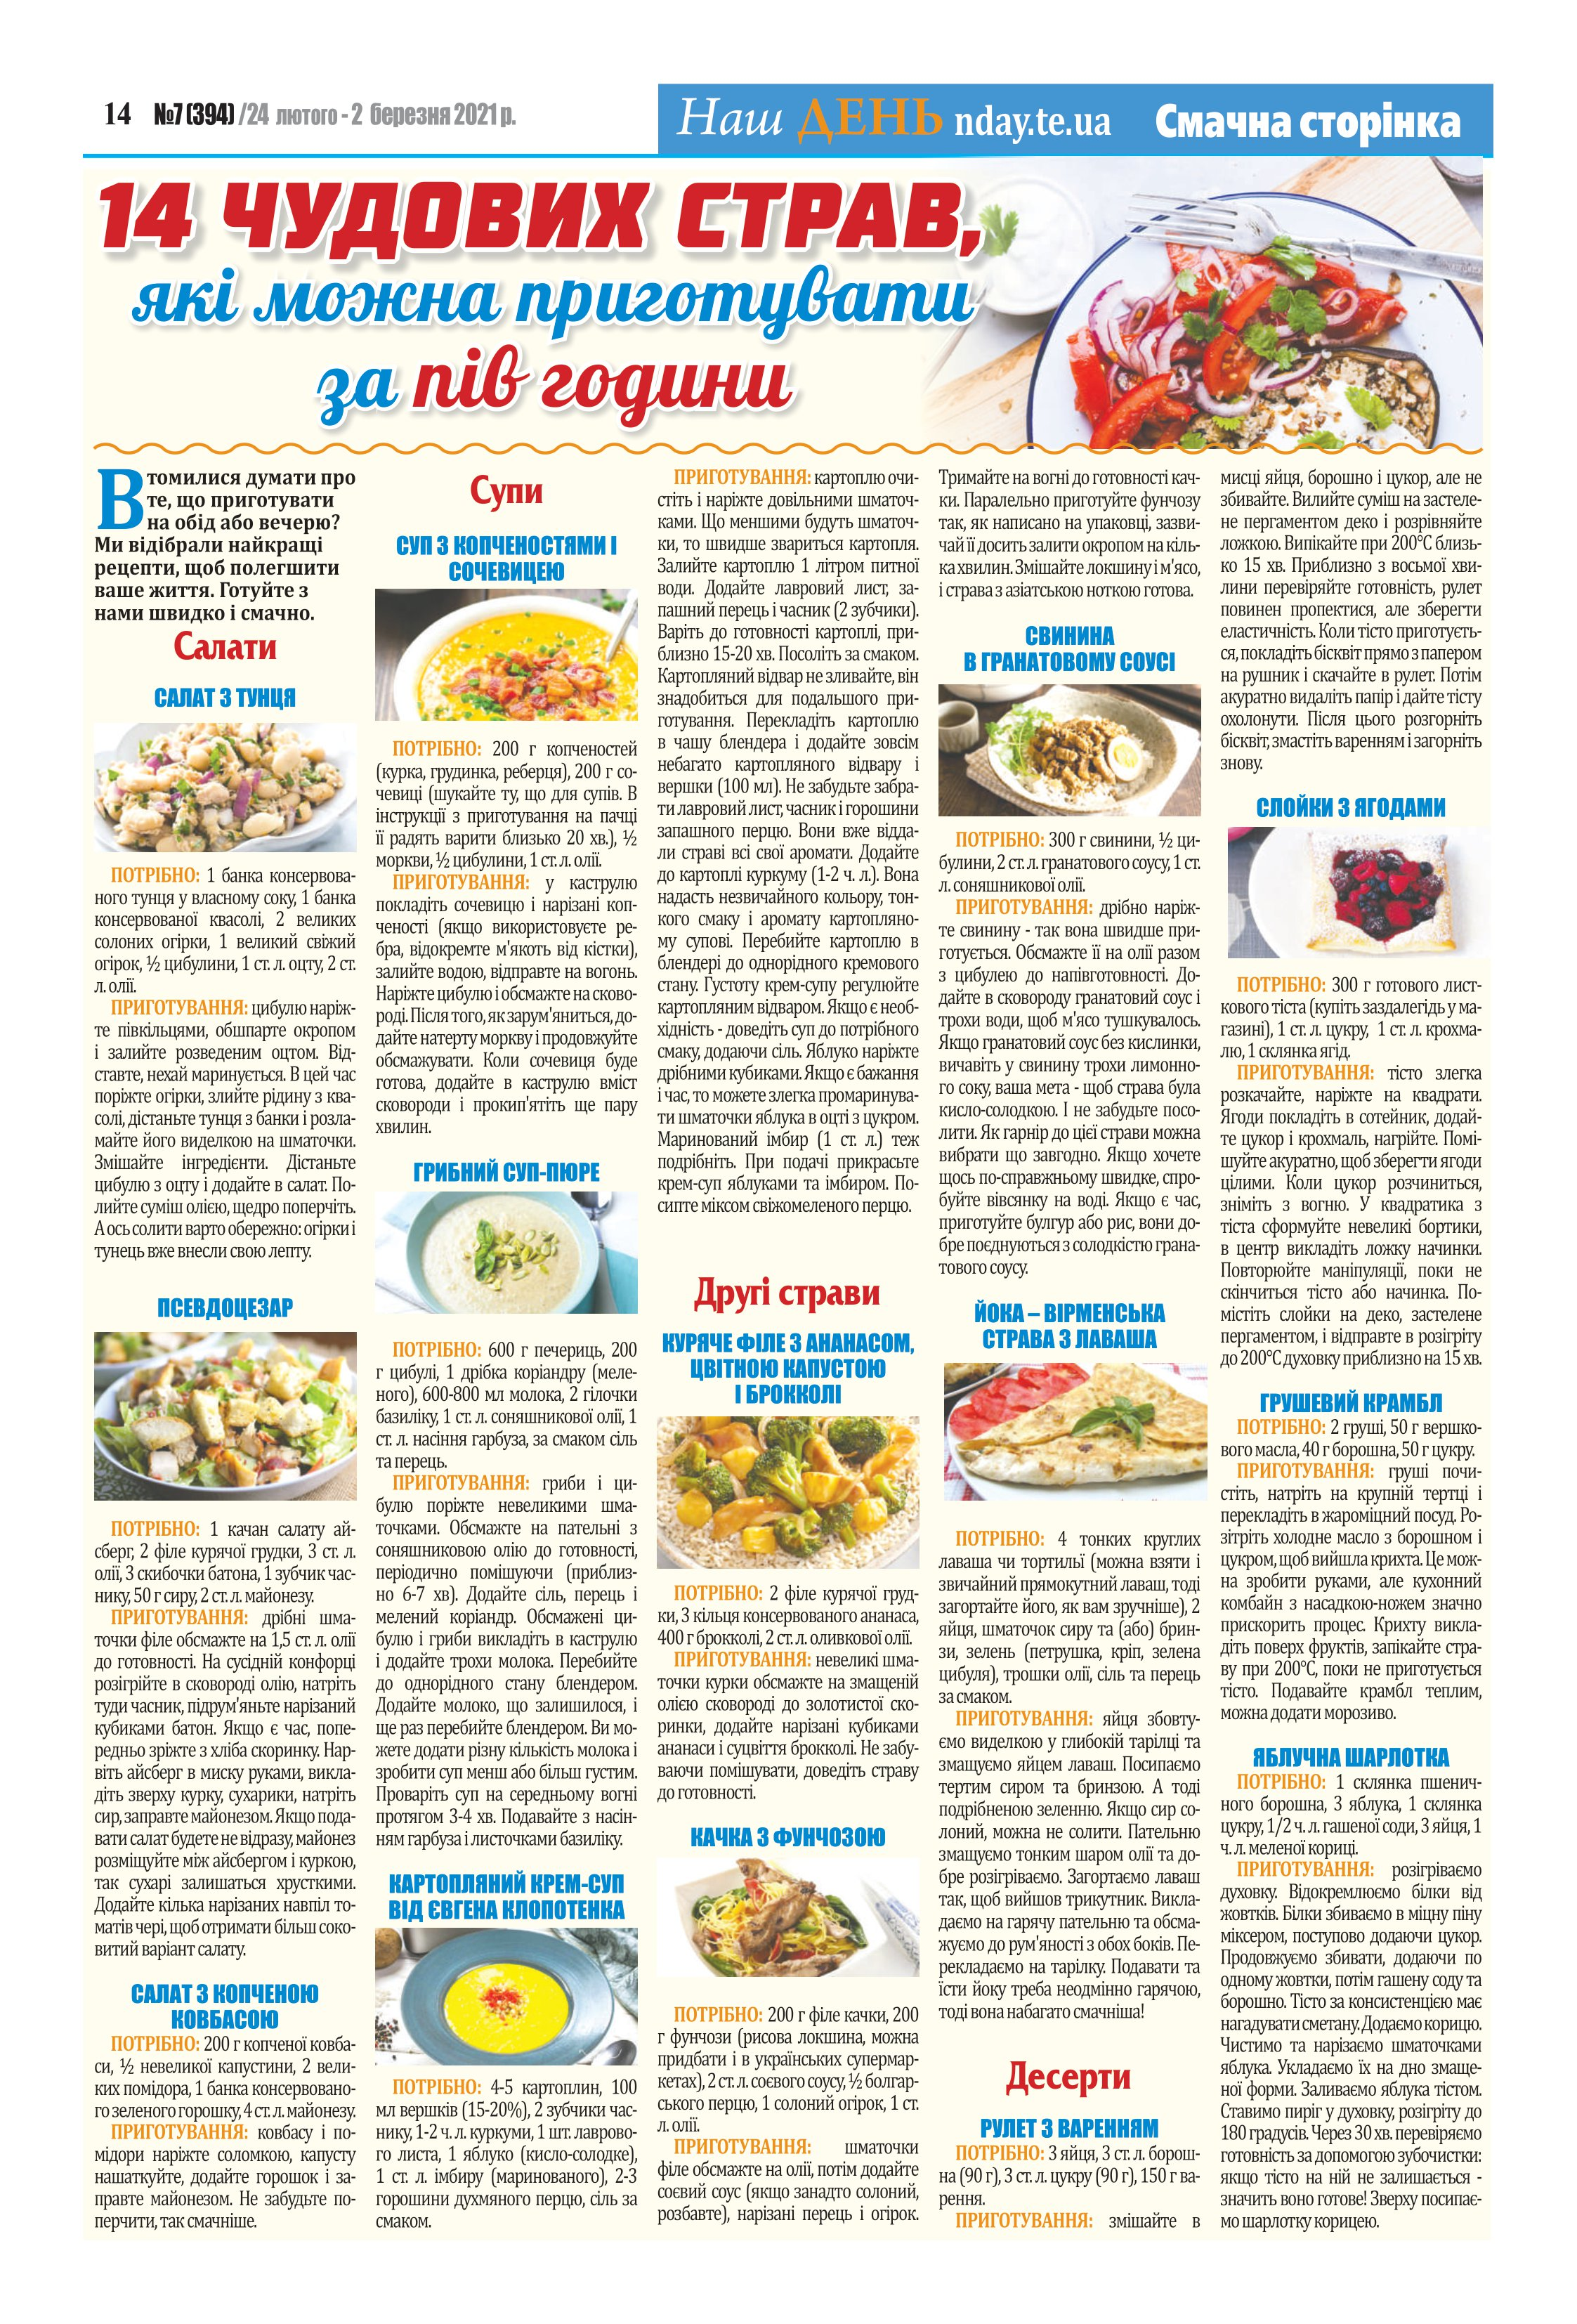
Language: uk